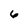
Character: 6